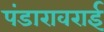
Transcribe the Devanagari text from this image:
पंडारावराई